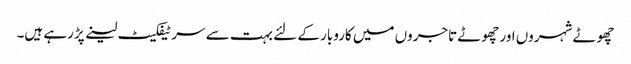
چھوٹے شہروں اور چھوٹے تاجروں میں کاروبار کے لئے بہت سے سرٹیفکیٹ لینے پڑرہے ہیں۔